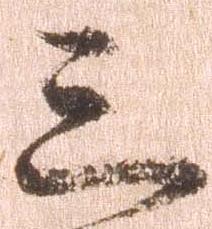
三